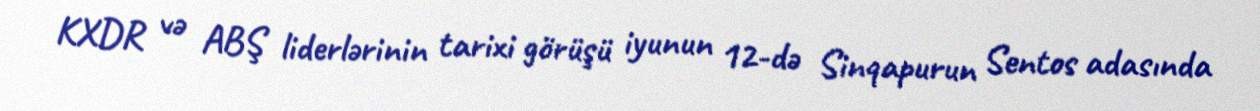
KXDR və ABŞ liderlərinin tarixi görüşü iyunun 12-də Sinqapurun Sentos adasında